Annual report of the Imperial Bacteriological Laboratory, Muktesar
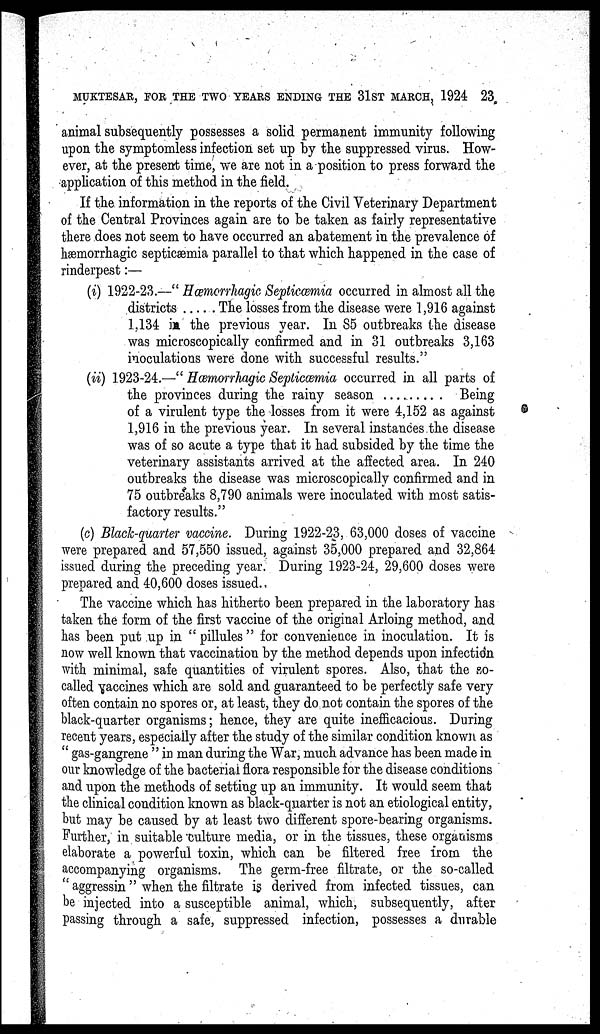
MUKTESAR, FOR THE TWO YEARS ENDING THE 31ST MARCH, 1924 23
animal subsequently possesses a solid permanent immunity following
upon the symptomless infection set up by the suppressed virus. How-
ever, at the present time, we are not in a position to press forward the
application of this method in the field.
If the information in the reports of the Civil Veterinary Department
of the Central Provinces again are to be taken as fairly representative
there does not seem to have occurred an abatement in the prevalence of
hæmorrhagic septicæmia parallel to that which happened in the case of
rinderpest:—
(i) 1922-23.—" Hæmorrhagic Septicæmia occurred in almost all the
districts
The losses from the disease were 1,916 against
1,134 in the previous year. In 85 outbreaks the disease
was microscopically confirmed and in 31 outbreaks 3,163
inoculations were done with successful results."
(ii) 1923-24.—" Hæmorrhagic Septicæmia occurred in all parts of
the provinces during the rainy season
Being
of a virulent type the losses from it were 4,152 as against
1,916 in the previous year. In several instances the disease
was of so acute a type that it had subsided by the time the
veterinary assistants arrived at the affected area. In 240
outbreaks the disease was microscopically confirmed and in
75 outbreaks 8,790 animals were inoculated with most satis-
factory results."
(c) Black-quarter vaccine. During 1922-23, 63,000 doses of vaccine
were prepared and 57,550 issued, against 35,000 prepared and 32,864
issued during the preceding year. During 1923-24, 29,600 doses were
prepared and 40,600 doses issued..
The vaccine which has hitherto been prepared in the laboratory has
taken the form of the first vaccine of the original Arloing method, and
has been put up in " pillules" for convenience in inoculation. It is
now well known that vaccination by the method depends upon infection
with minimal, safe quantities of virulent spores. Also, that the so-
called vaccines which are sold and guaranteed to be perfectly safe very
often contain no spores or, at least, they do not contain the spores of the
black-quarter organisms; hence, they are quite inefficacious. During
recent years, especially after the study of the similar condition known as
" gas-gangrene " in man during the War, much advance has been made in
our knowledge of the bacterial flora responsible for the disease conditions
and upon the methods of setting up an immunity. It would seem that
the clinical condition known as black-quarter is not an etiological entity,
but may be caused by at least two different spore-bearing organisms.
Further, in suitable culture media, or in the tissues, these organisms
elaborate a powerful toxin, which can be filtered free from the
accompanying organisms. The germ-free filtrate, or the so-called
" aggressin " when the filtrate is derived from infected tissues, can
be injected into a susceptible animal, which, subsequently, after
passing through a safe, suppressed infection, possesses a durable